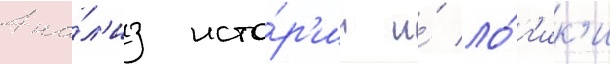
Ана́л'из исто́р'ии и́ ло́г'ик'и